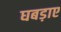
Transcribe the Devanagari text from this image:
घबड़ाए